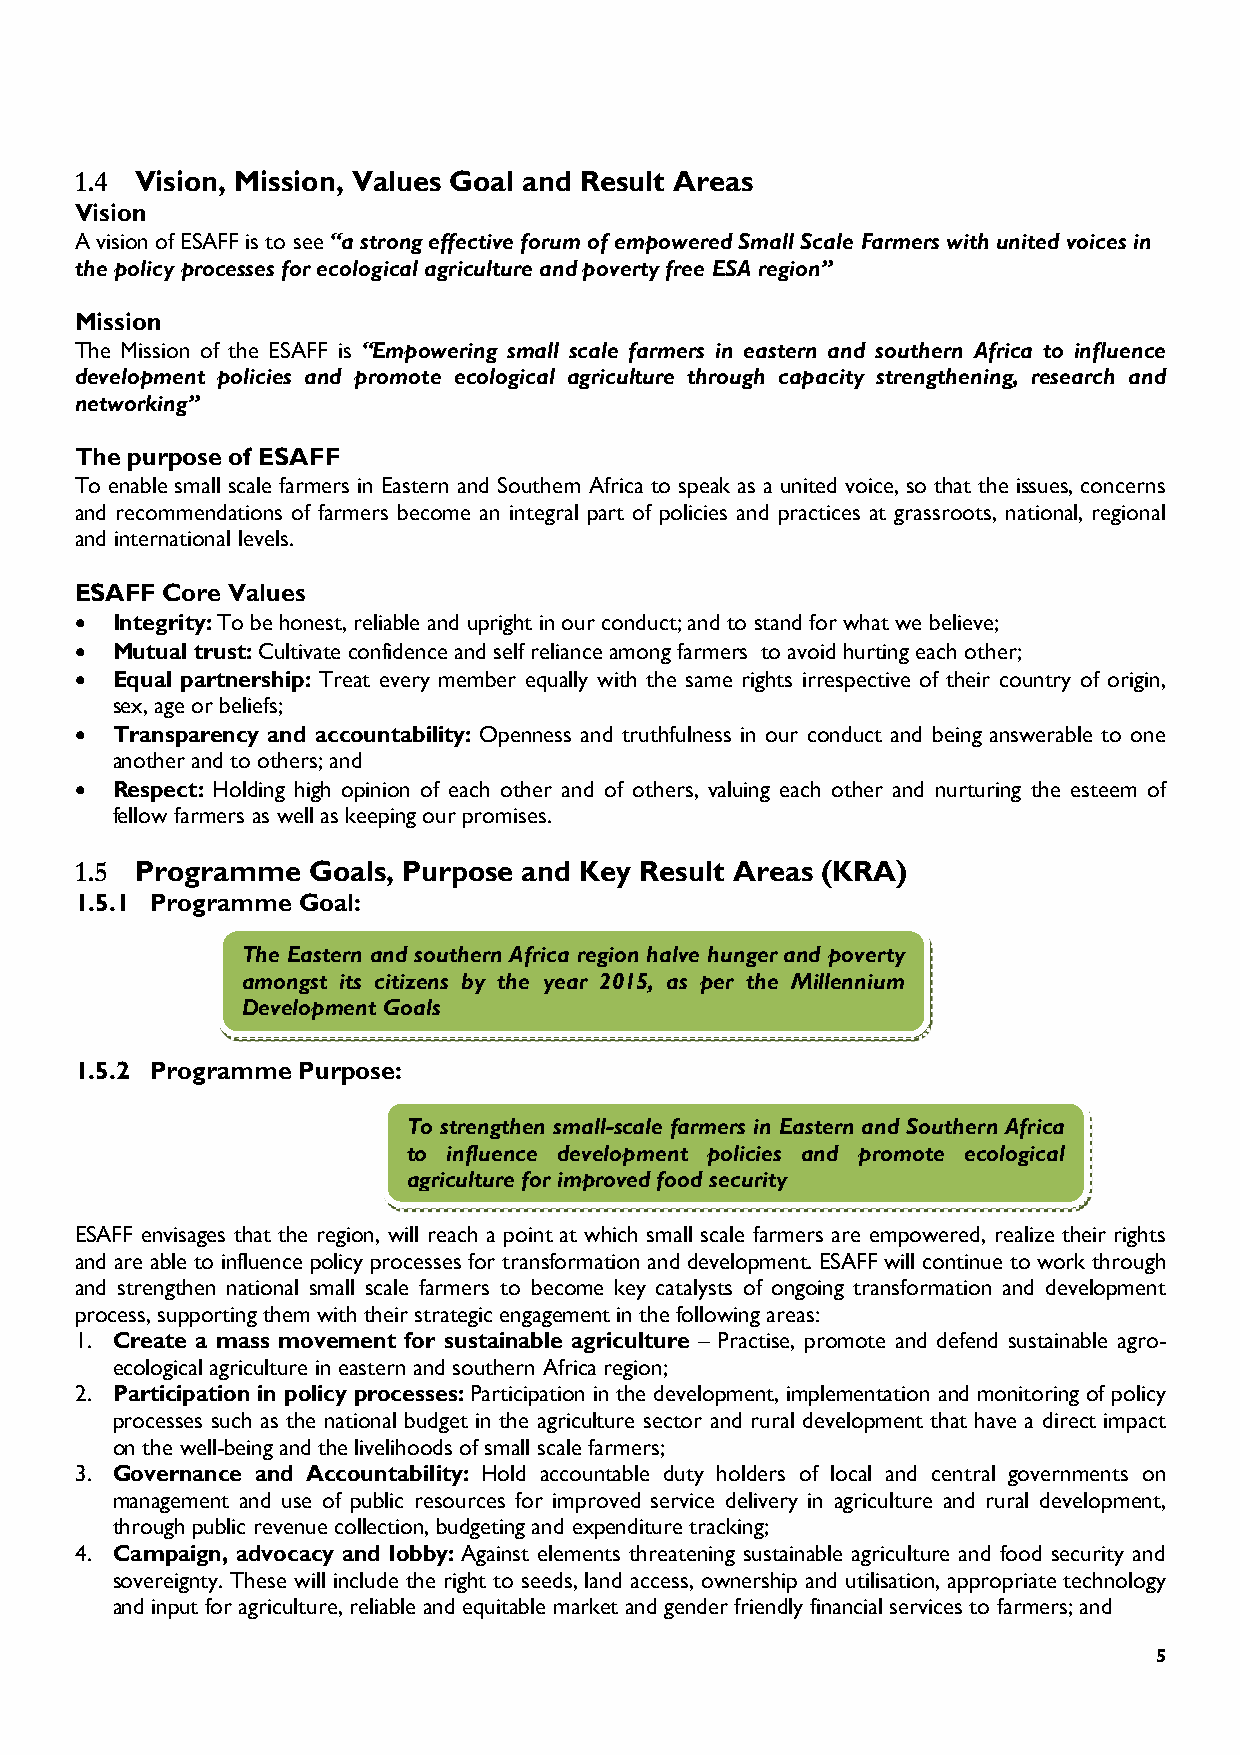
1.4
 Vision, Mission, Values Goal and Result Areas
 Vision
 A vision of ESAFF is to see “a strong effective forum of empowered Small Scale Farmers with united voices in
 the policy processes for ecological agriculture and poverty free ESA region”
 Mission
 The Mission of the ESAFF is “Empowering small scale farmers in eastern and southern Africa to influence
 development policies and promote ecological agriculture through capacity strengthening, research and
 networking”
 The purpose of ESAFF
 To enable small scale farmers in Eastern and Southern Africa to speak as a united voice, so that the issues, concerns
 and recommendations of farmers become an integral part of policies and practices at grassroots, national, regional
 and international levels.
 ESAFF Core Values
 • Integrity: To be honest, reliable and upright in our conduct; and to stand for what we believe;
 • Mutual trust: Cultivate confidence and self reliance among farmers to avoid hurting each other;
 • Equal partnership: Treat every member equally with the same rights irrespective of their country of origin,
 sex, age or beliefs;
 • Transparency and accountability: Openness and truthfulness in our conduct and being answerable to one
 another and to others; and
 • Respect: Holding high opinion of each other and of others, valuing each other and nurturing the esteem of
 fellow farmers as well as keeping our promises.
 1.5
 Programme  Goals, Purpose and Key Result Areas (KRA)
 1.5.1 Programme Goal:
 The Eastern and southern Africa region halve hunger and poverty
 amongst its citizens by the year 2015, as per the Millennium
 Development Goals
 1.5.2 Programme Purpose:
 To strengthen small-scale farmers in Eastern and Southern Africa
 to influence development policies and promote ecological
 agriculture for improved food security
 ESAFF envisages that the region, will reach a point at which small scale farmers are empowered, realize their rights
 and are able to influence policy processes for transformation and development. ESAFF will continue to work through
 and strengthen national small scale farmers to become key catalysts of ongoing transformation and development
 process, supporting them with their strategic engagement in the following areas:
 1. Create a mass movement for sustainable agriculture – Practise, promote and defend sustainable agro-
 ecological agriculture in eastern and southern Africa region;
 2. Participation in policy processes: Participation in the development, implementation and monitoring of policy
 processes such as the national budget in the agriculture sector and rural development that have a direct impact
 on the well-being and the livelihoods of small scale farmers;
 3. Governance and Accountability: Hold accountable duty holders of local and central governments on
 management and use of public resources for improved service delivery in agriculture and rural development,
 through public revenue collection, budgeting and expenditure tracking;
 4. Campaign, advocacy and lobby: Against elements threatening sustainable agriculture and food security and
 sovereignty. These will include the right to seeds, land access, ownership and utilisation, appropriate technology
 and input for agriculture, reliable and equitable market and gender friendly financial services to farmers; and
 5